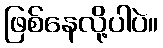
ဖြစ်နေလို့ပါပဲ။